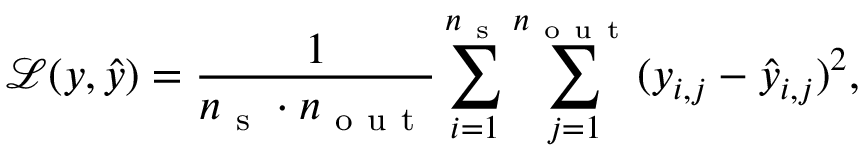
\mathcal { L } ( y , \hat { y } ) = \frac { 1 } { n _ { \mathrm { ~ s ~ } } \cdot n _ { \mathrm { ~ o ~ u ~ t ~ } } } \sum _ { i = 1 } ^ { n _ { \mathrm { ~ s ~ } } } \sum _ { j = 1 } ^ { n _ { \mathrm { ~ o ~ u ~ t ~ } } } ( y _ { i , j } - \hat { y } _ { i , j } ) ^ { 2 } ,